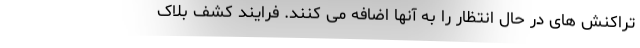
تراکنش های در حال انتظار را به آنها اضافه می کنند. فرایند کشف بلاک